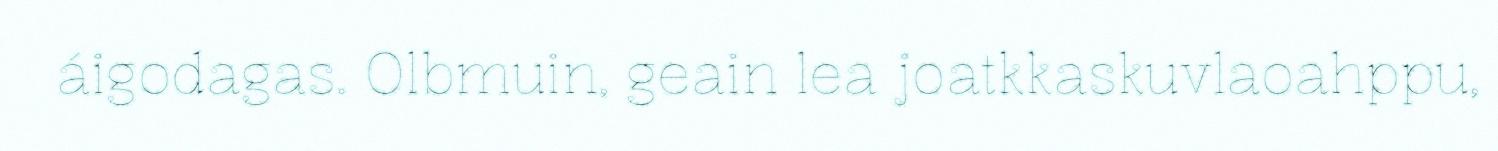
áigodagas. Olbmuin, geain lea joatkkaskuvlaoahppu,